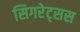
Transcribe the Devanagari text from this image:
सिगरेट्सस